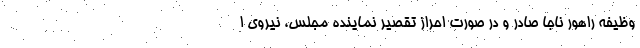
وظیفه راهور ناجا صادر و در صورت احراز تقصیر نماینده مجلس، نیروی ا